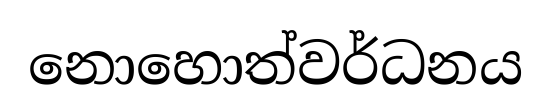
නොහොත්වර්ධනය